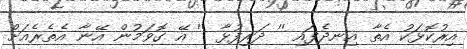
އިރުކޮޅަކު އެތާ އިނދެފައި '' ދަރިފުޅާ '' އޭ ގޮވަމުން އޭނާ އެތެރެއަށް